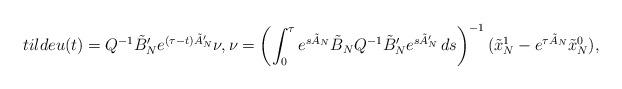
LaTeX: \begin{align*}\\tilde u(t) = Q^{-1}\tilde B_N'e^{(\tau-t)\tilde A_N'}\nu,\nu = \left(\int_0^\tau e^{s \tilde A_N}\tilde B_N Q^{-1}\tilde B_N' e^{s \tilde A_N'}\,ds\right)^{-1} (\tilde x^1_N-e^{\tau \tilde A_N}\tilde x^0_N),\end{align*}